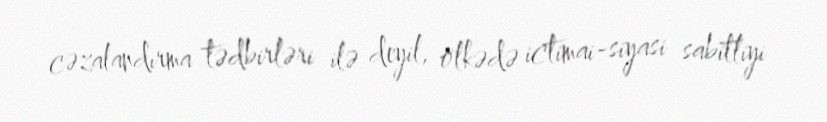
cəzalandırma tədbirləri ilə deyil, ölkədə ictimai-siyasi sabitliyi